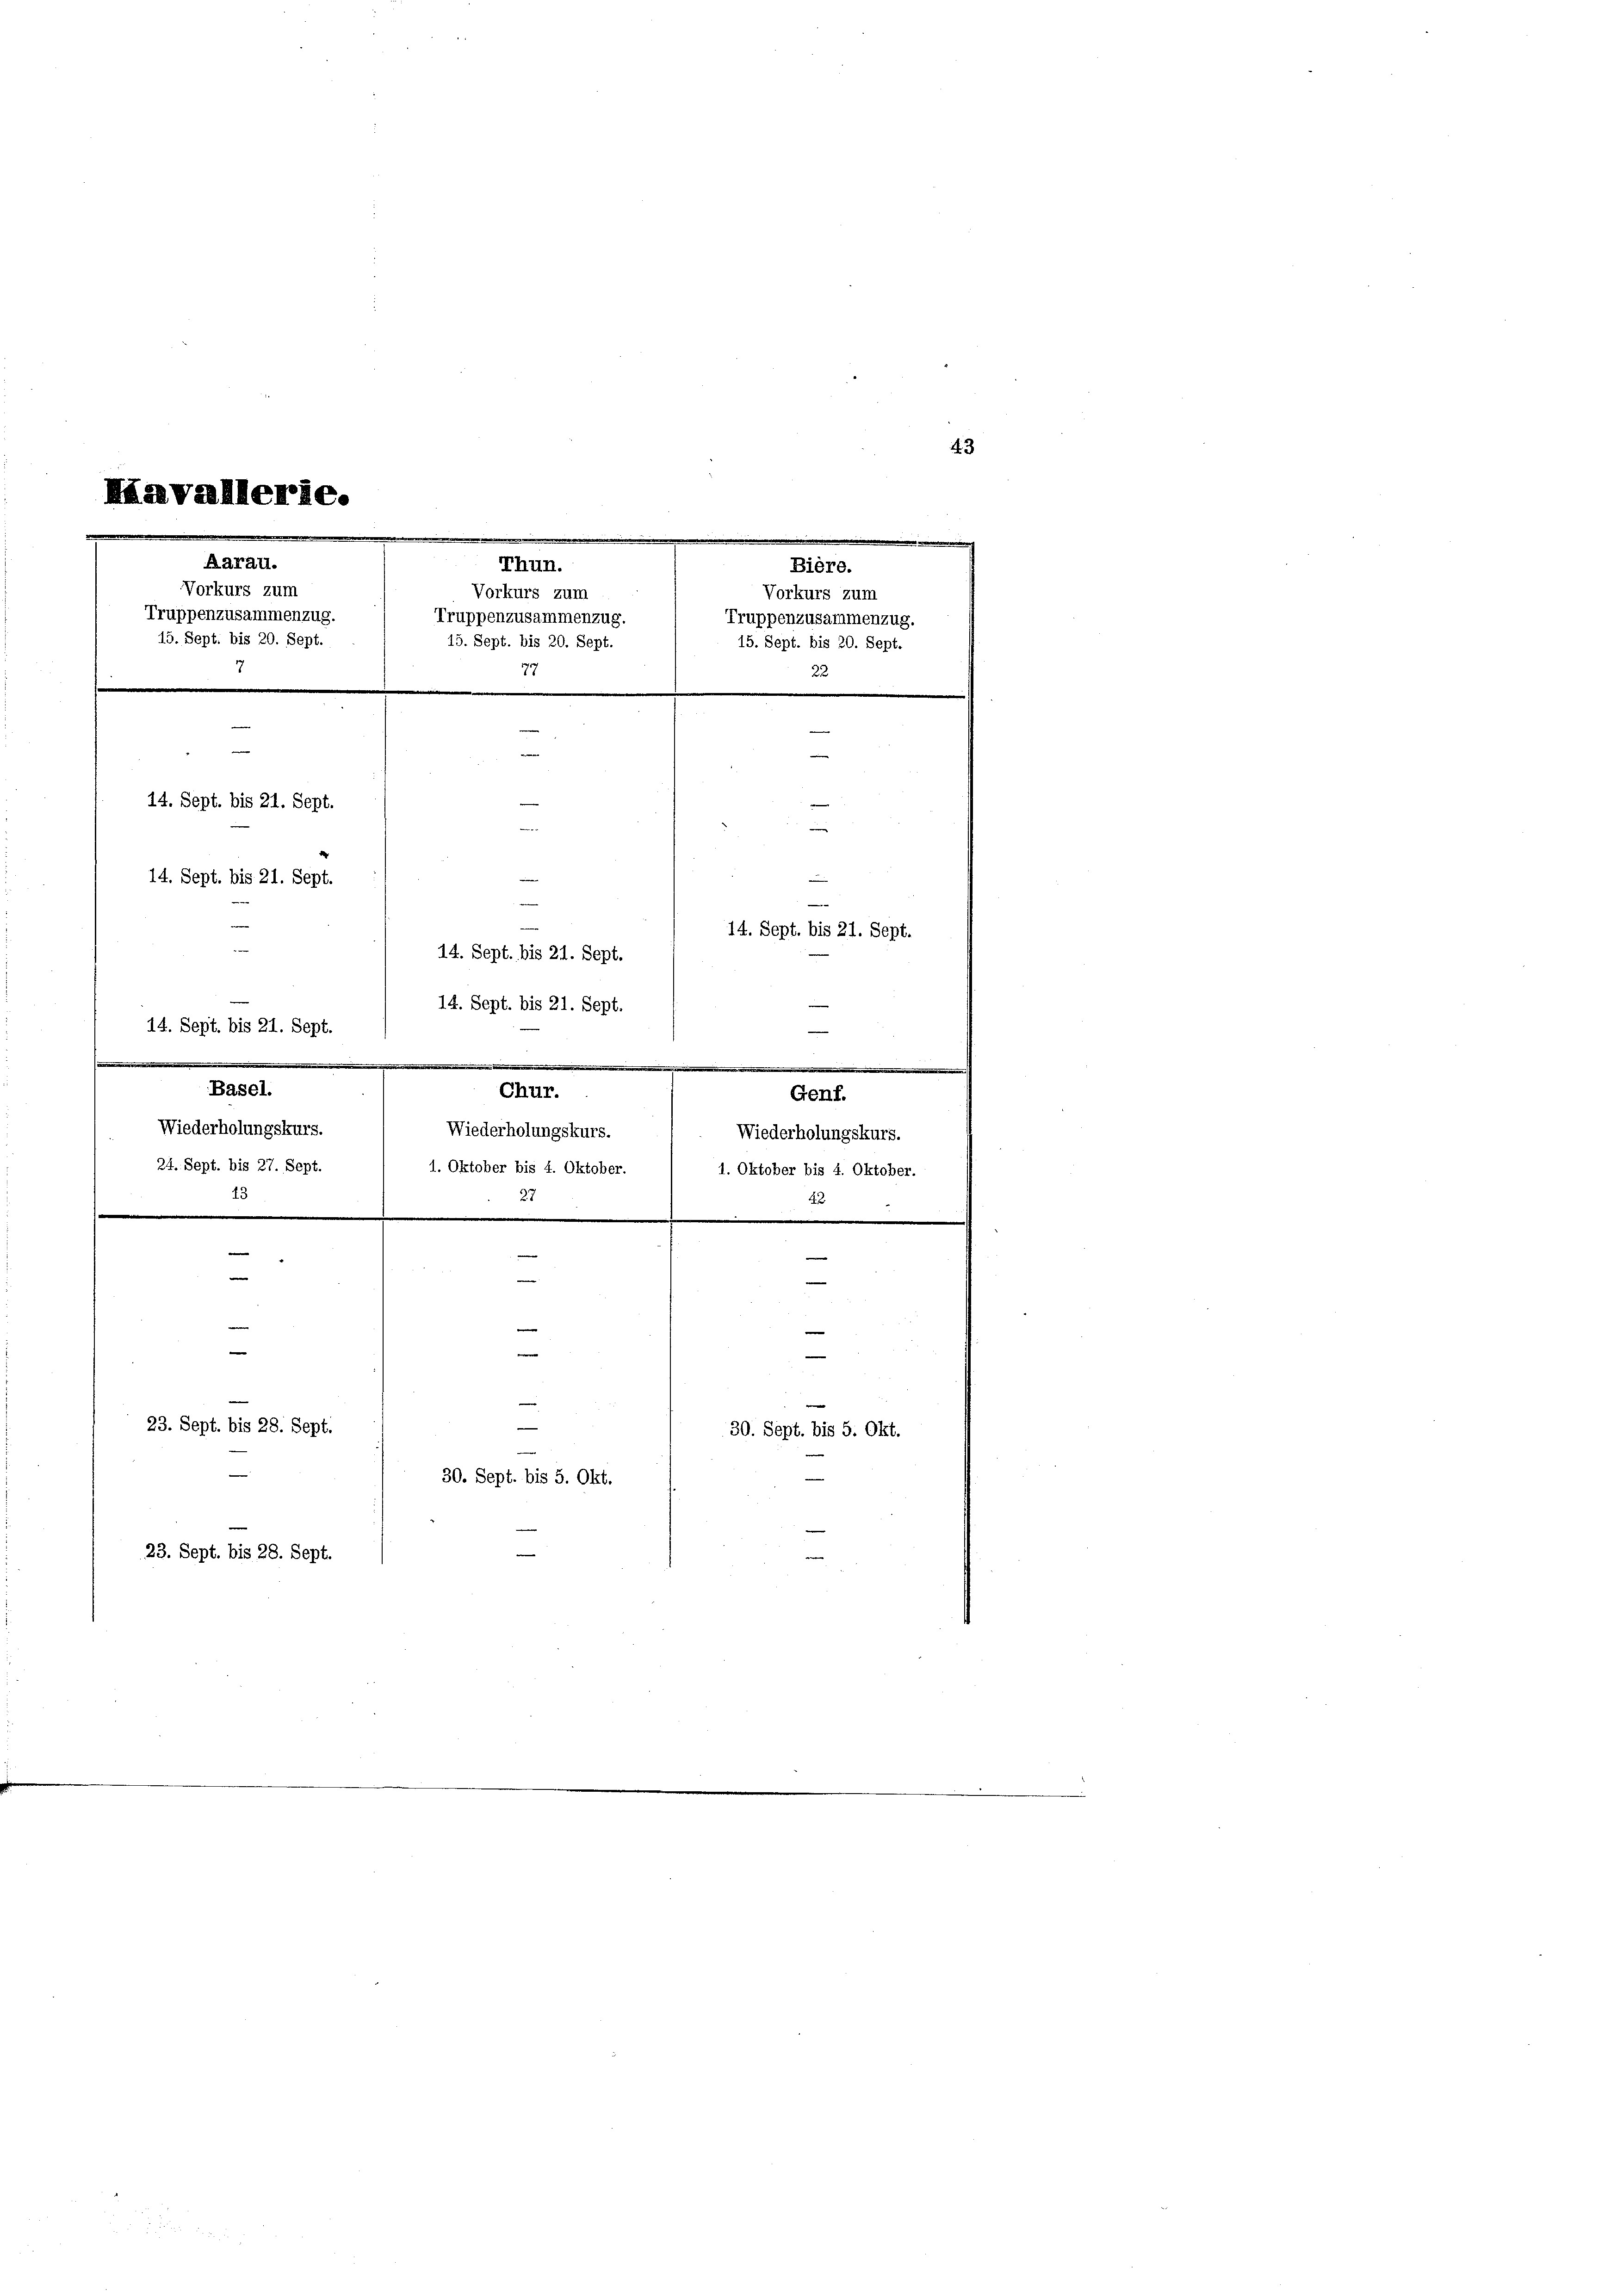
Mäavallerie.
.
.
Aarau.
Thun.
Vorkurs zum
Vorkurs zum
Truppenzusammenzug.
Truppenzusammenzug.
15. Sept. bis 20. Sept.
5. Sept. bis 20. Sep
7
77
s
|

14. Sept. bis 21. Sept.
—
e
14. Sept. bis 21. Sept.
.
14. Sept. bis 21. Sept.
14. Sept. bis 21. Sept.
14. Sept. bis 21. Sept.
14. Sept. bis 21. Sept.

Basel.
chur.
Wiederholungskurs.
Wiederholungskurs.
24. Sept. bis 27. Sept.
1. Oktober bis 4. Oktober.
55
2

N 1
e
—
e
d
e
.
—
23. Sept. bis 28. Sept.

—
30. Sept. bis 5. Okt.
23. Sept. bis 28. Sept.

e
.
Bière.
Vorkurs zum
Truppenzusammenzug.
15. Sept. bis 20. Sept.
22
e

Genf.
Wiederholungskurs.
1. Oktober bis 4. Oktol

ber.
n
e
e

n
30. Sept. bis 5. Okt.

43